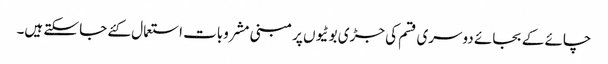
چائے کے بجائے دوسری قسم کی جڑی بوٹیوں پر مبنی مشروبات استعمال کئے جا سکتے ہیں۔